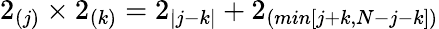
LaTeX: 2_{(j)}\times 2_{(k)}=2_{|j-k|}+2_{(min[j+k,N-j-k])}